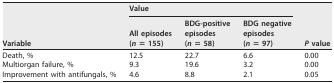
<table><thead><tr><td rowspan="2"><b>Variable</b></td><td colspan="3"><b>Value</b></td><td rowspan="2"><b><i>P</i> value</b></td></tr><tr><td><b>All episodes (<i>n</i> = 155)</b></td><td><b>BDG-positive episodes (<i>n</i> = 58)</b></td><td><b>BDG negative episodes (<i>n</i> = 97)</b></td></tr></thead><tbody><tr><td>Death, %</td><td>12.5</td><td>22.7</td><td>6.6</td><td>0.00</td></tr><tr><td>Multiorgan failure, %</td><td>9.3</td><td>19.6</td><td>3.2</td><td>0.00</td></tr><tr><td>Improvement with antifungals, %</td><td>4.6</td><td>8.8</td><td>2.1</td><td>0.05</td></tr></tbody></table>